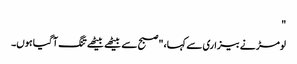
"
لومڑ نے بیزاری سے کہا، "صبح سے بیٹھے بیٹھے تنگ آ گیا ہوں۔